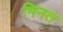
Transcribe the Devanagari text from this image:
मिनत